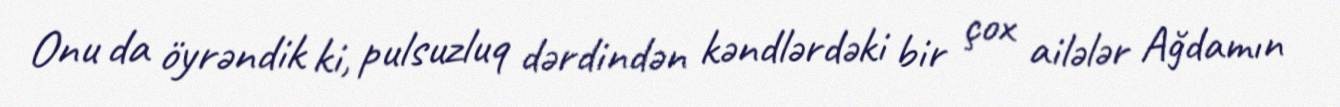
Onu da öyrəndik ki, pulsuzluq dərdindən kəndlərdəki bir çox ailələr Ağdamın